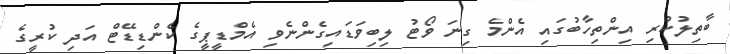
ބާތިލުކުރި އިންތިހާބުގައި އެންމެ ގިނަ ވޯޓު ލިބިވަޑައިގެންނެވި އެމްޑީޕީގެ ކެންޑިޑޭޓް އަދި ކުރީގެ